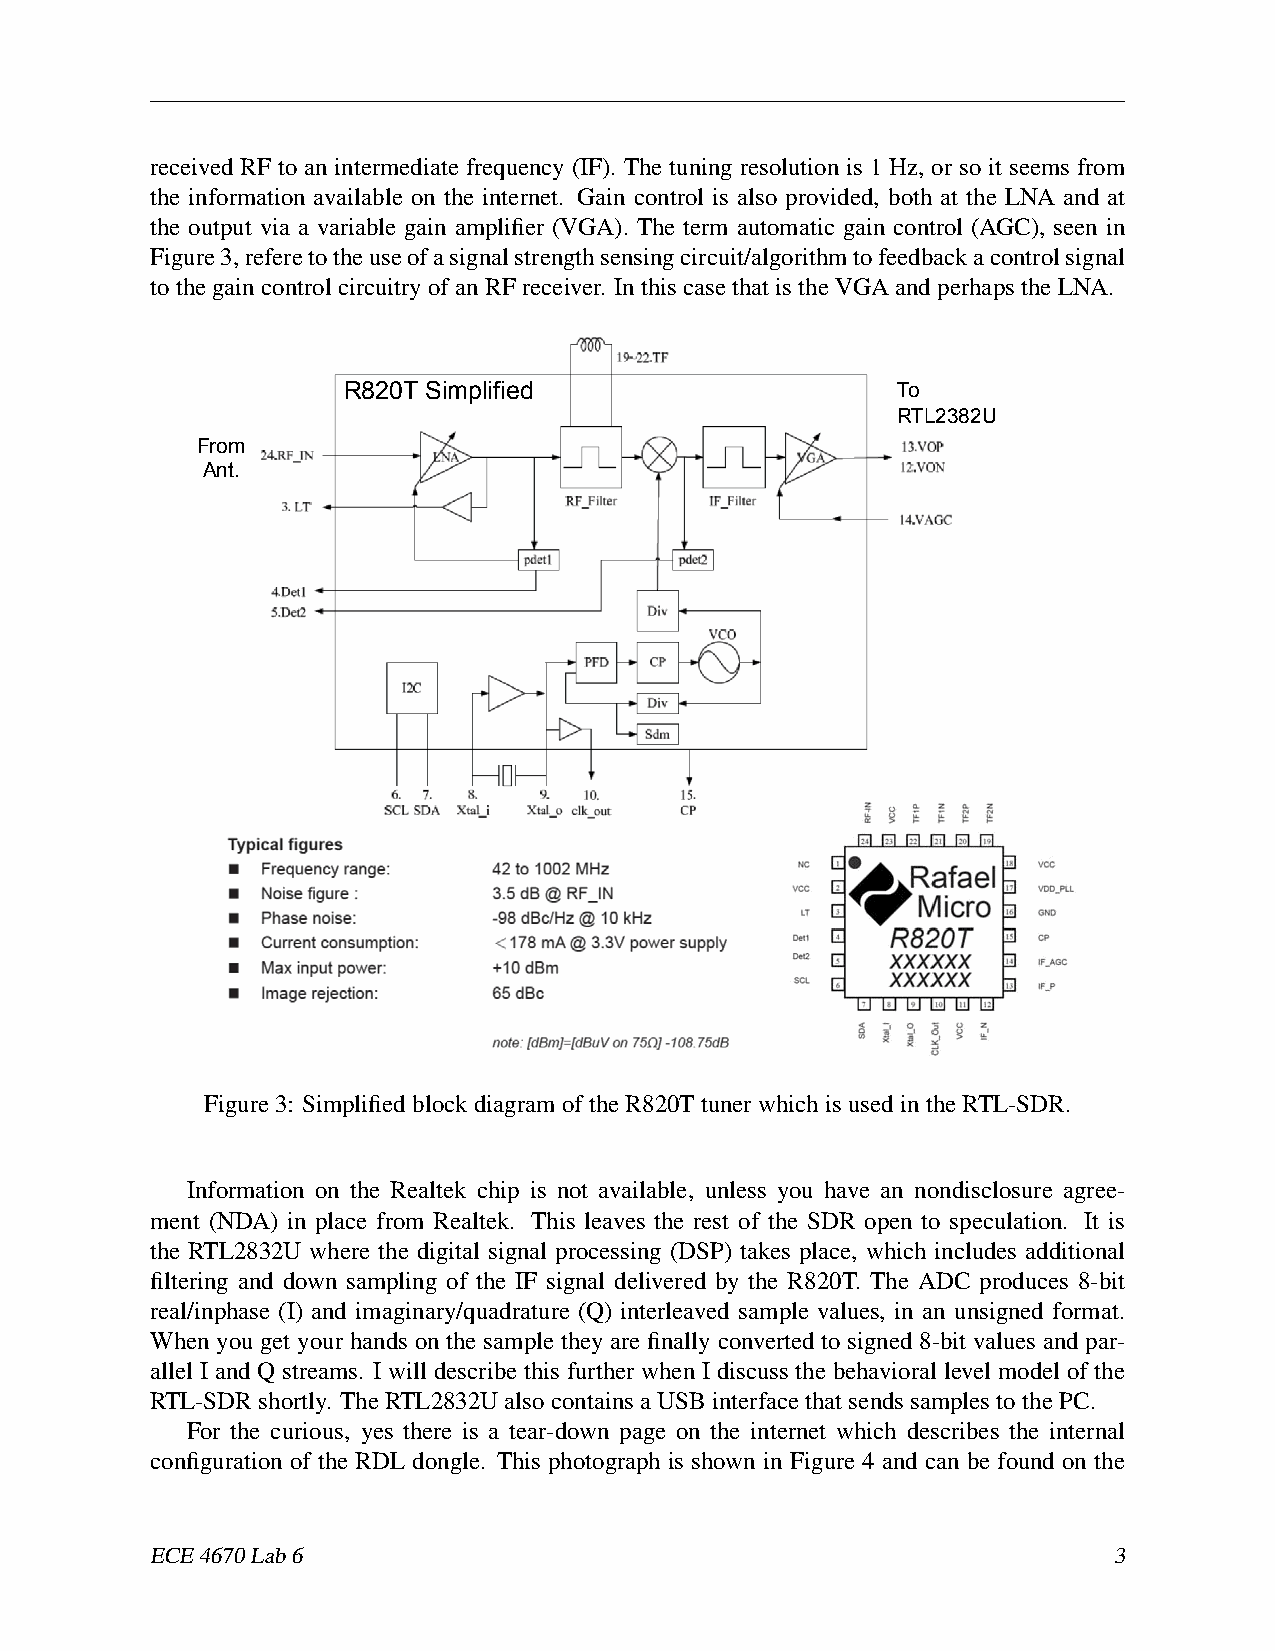
received RF to an intermediate frequency (IF). The tuning resolution is 1 Hz, or so it seems from
 the information available on the internet. Gain control is also provided, both at the LNA and at
 the output via a variable gain amplifier (VGA). The term automatic gain control (AGC), seen in
 Figure3,referetotheuseofasignalstrengthsensingcircuit/algorithmtofeedbackacontrolsignal
 tothegaincontrolcircuitryofanRFreceiver. InthiscasethatistheVGAandperhapstheLNA.
 R820T Simplified                    To
 RTL2382U
 From
 Ant.
 Figure3: SimplifiedblockdiagramoftheR820TtunerwhichisusedintheRTL-SDR.
 http://superkuh.com/gnuradio/R820T_datasheet-Non_R-20111130_unlocked.pdf
 Information on the Realtek chip is not available, unless you have an nondisclosure agree-
 ment (NDA) in place from Realtek. This leaves the rest of the SDR open to speculation. It is
 the RTL2832U where the digital signal processing (DSP) takes place, which includes additional
 filtering and down sampling of the IF signal delivered by the R820T. The ADC produces 8-bit
 real/inphase (I) and imaginary/quadrature (Q) interleaved sample values, in an unsigned format.
 When you get your hands on the sample they are finally converted to signed 8-bit values and par-
 allel I and Q streams. I will describe this further when I discuss the behavioral level model of the
 RTL-SDRshortly. TheRTL2832UalsocontainsaUSBinterfacethatsendssamplestothePC.
 For the curious, yes there is a tear-down page on the internet which describes the internal
 configuration of the RDL dongle. This photograph is shown in Figure 4 and can be found on the
 ECE4670Lab6                                                     3